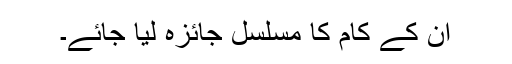
اُن کے کام کا مسلسل جائزہ لیا جائے۔